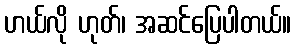
ဟယ်လို ဟုတ်၊ အဆင်ပြေပါတယ်။